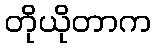
တိုယိုတာက